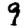
Digit: 9